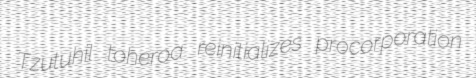
Tzutuhil toheroa reinitializes procorporation